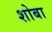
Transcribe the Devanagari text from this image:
शोबा